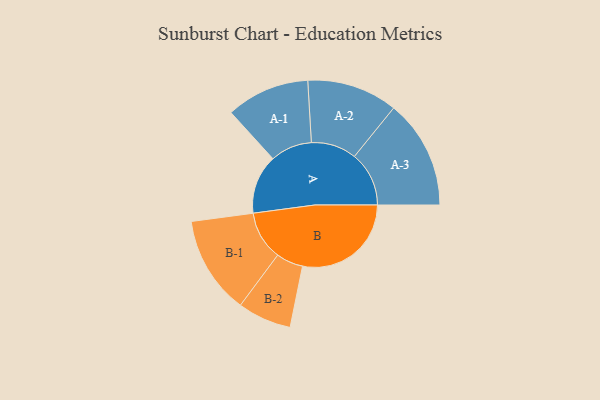
{"axis": {"x": "Segment", "y": "Value"}, "legend": ["", "A", "B"], "data": [{"x": "A", "y": 244, "type": ""}, {"x": "B", "y": 448, "type": ""}, {"x": "A-1", "y": 172, "type": "A"}, {"x": "A-2", "y": 187, "type": "A"}, {"x": "A-3", "y": 225, "type": "A"}, {"x": "B-1", "y": 202, "type": "B"}, {"x": "B-2", "y": 111, "type": "B"}]}